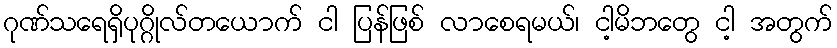
ဂုဏ်သရေရှိပုဂ္ဂိုလ်တယောက် ငါ ပြန်ဖြစ် လာစေရမယ်၊ ငါ့မိဘတွေ ငါ့ အတွက်